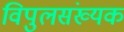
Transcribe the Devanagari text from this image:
विपुलसंख्यक